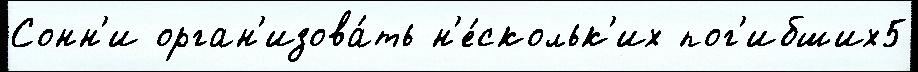
Сонн'и орган'изова́ть н'е́скольк'их пог'ибших5